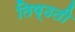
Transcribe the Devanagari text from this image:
तिष्ठती